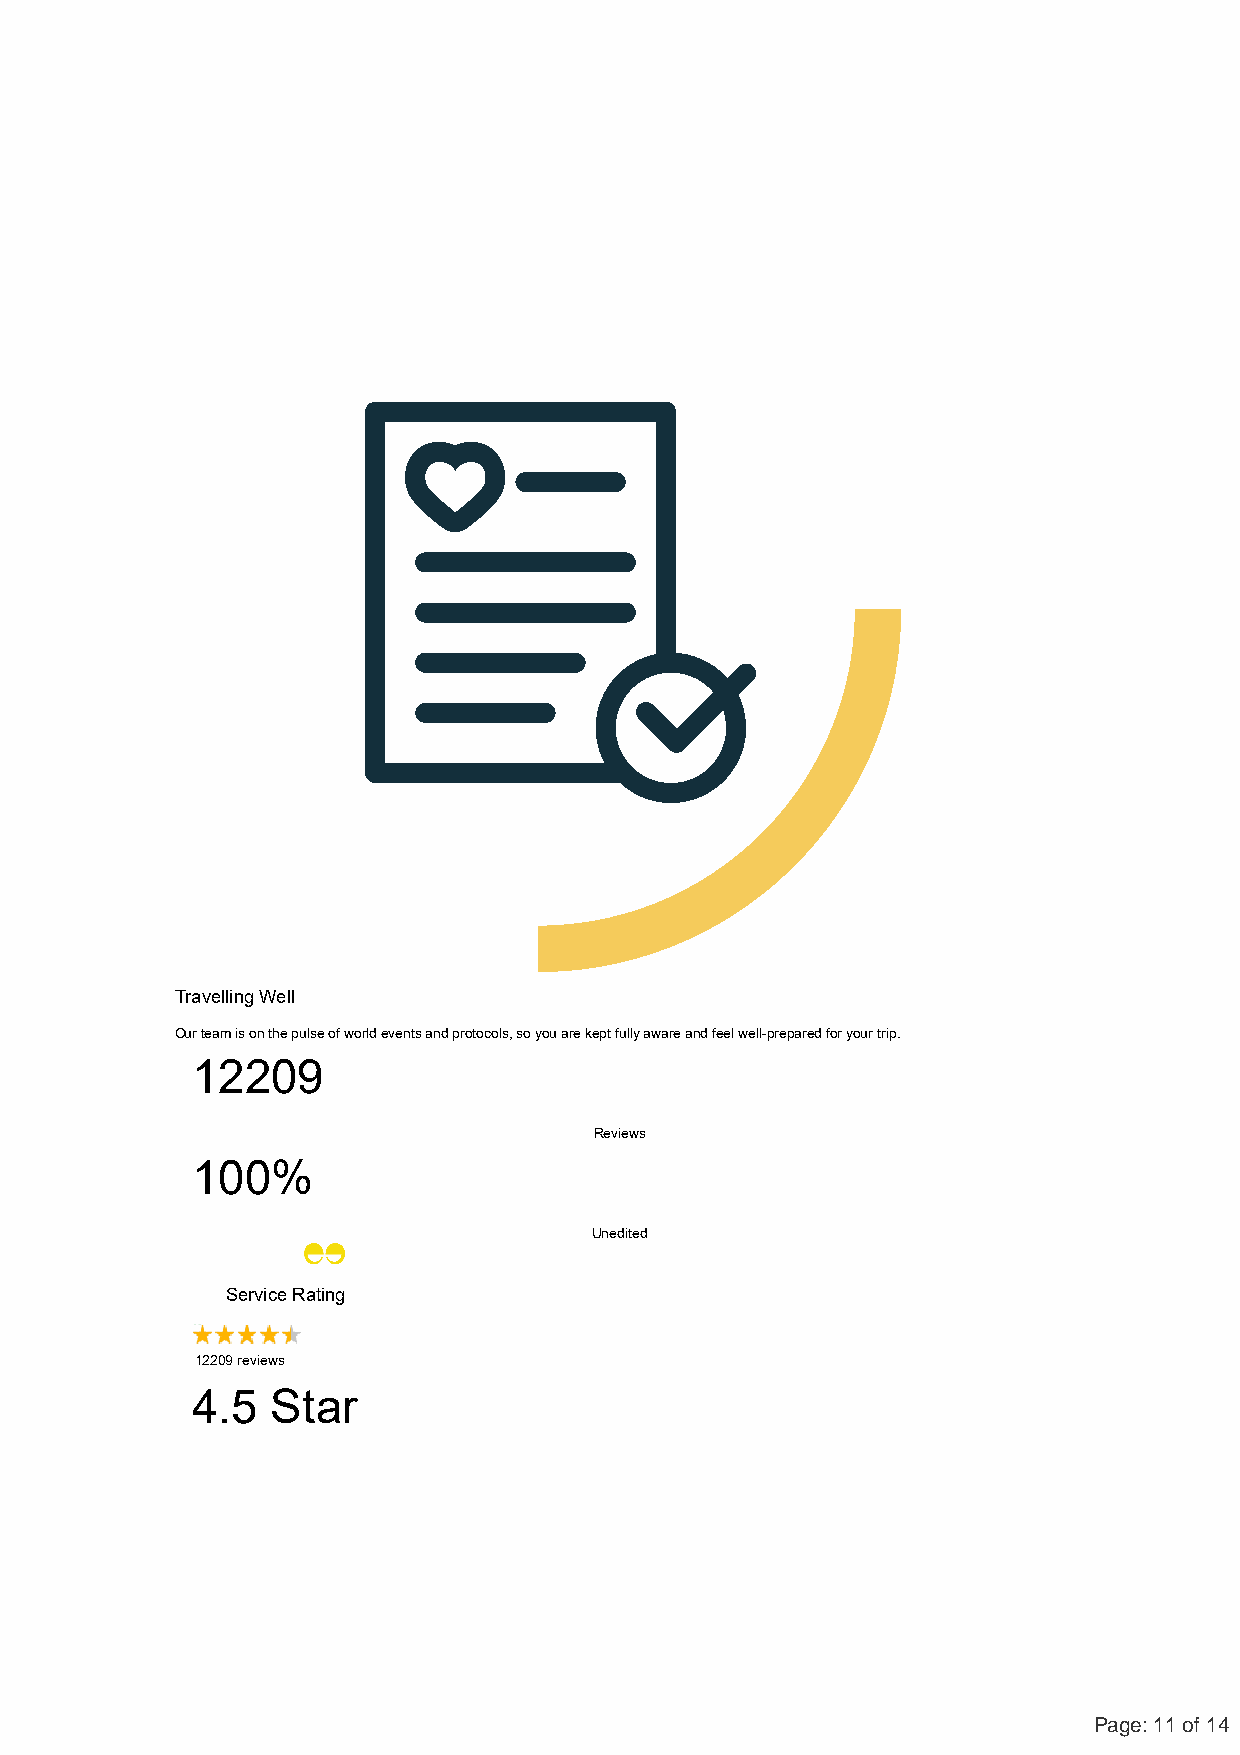
Travelling Well
 Our team is on the pulse of world events and protocols, so you are kept fully aware and feel well-prepared for your trip.
 12209
 Reviews
 100%
 Unedited
 Service Rating
 12209 reviews
 4.5  Star
 Page: 11 of 14